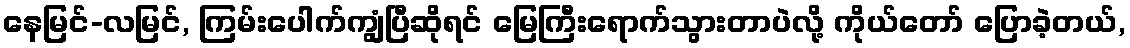
နေမြင်-လမြင်, ကြမ်းပေါက်ကျွံပြီဆိုရင် မြေကြီးရောက်သွားတာပဲလို့ ကိုယ်တော် ပြောခဲ့တယ်,